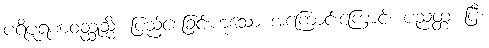
ပရိပူရဏဝတ္ထုသ္မိံ၊ ပြည့်စေခြင်းဟူသော အကြောင်းကြောင့်။ ပညတ္တံ၊ ပြီ။